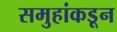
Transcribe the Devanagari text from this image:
समुहांकडून